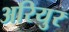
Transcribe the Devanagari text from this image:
अरियुर